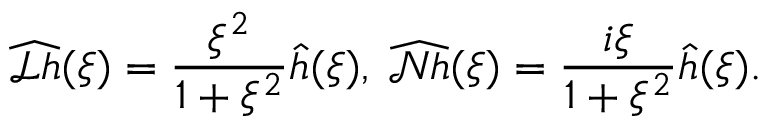
\widehat { \mathscr { L } h } ( \xi ) = \frac { \xi ^ { 2 } } { 1 + \xi ^ { 2 } } \hat { h } ( \xi ) , \; \widehat { \mathscr { N } h } ( \xi ) = \frac { i \xi } { 1 + \xi ^ { 2 } } \hat { h } ( \xi ) .